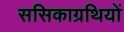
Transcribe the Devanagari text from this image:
ससिकाग्रथियों